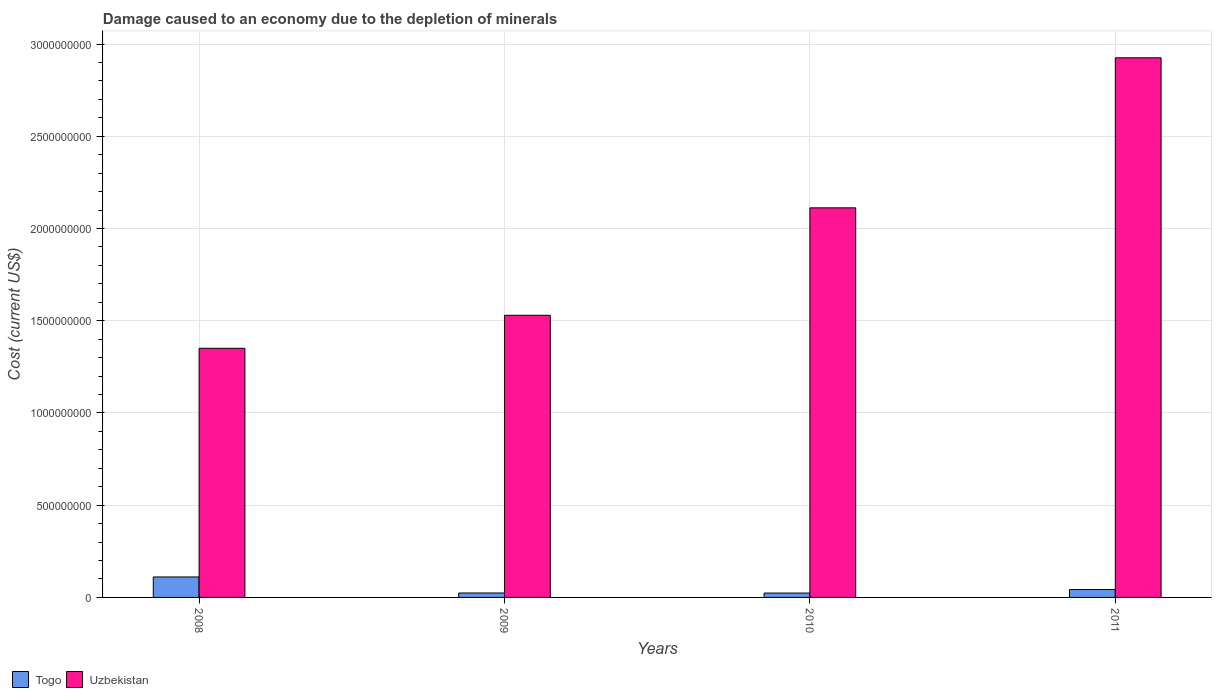
| Years | Togo | Uzbekistan |
 | --- | --- | --- |
 | 2008 | 1.11e+08 | 1.35e+09 |
 | 2009 | 2.41e+07 | 1.53e+09 |
 | 2010 | 2.37e+07 | 2.11e+09 |
 | 2011 | 4.28e+07 | 2.93e+09 |